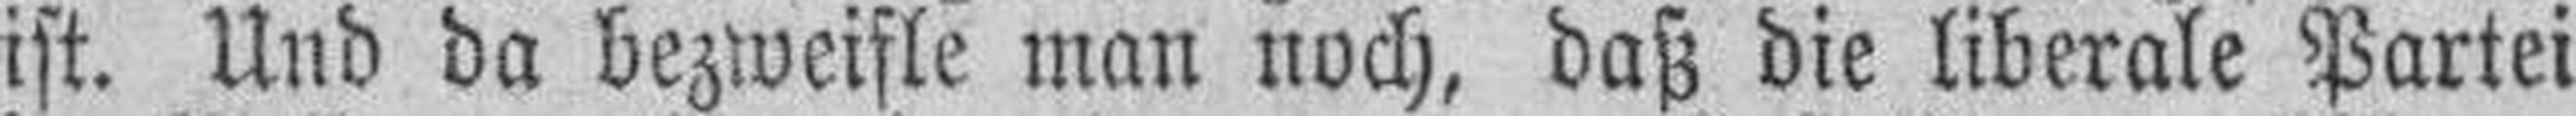
ist. Und da bezweifle man noch, daß die liberale Partei